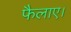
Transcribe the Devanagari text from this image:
फैलाए।